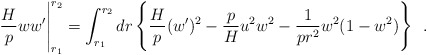
\begin{align*}\frac{H}{p} ww^{\prime} \Bigg|_{r_1}^{r_2} = \int_{r_1}^{r_2} dr \, \Bigg\{ \frac{H}{p}(w^{\prime})^2 -\frac{p}{H}u^2 w^2 -\frac{1}{pr^2} w^2(1-w^2) \Bigg\} ~~.\end{align*}